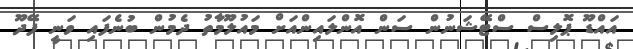
އައްޑޫ ޕޮލިސް ސްޓޭޝަނުން ސަން އޮންލައިންއަށް މައުލޫމާތު ދެމުން ބުނެފައި ވަނީ ފޭދޫ